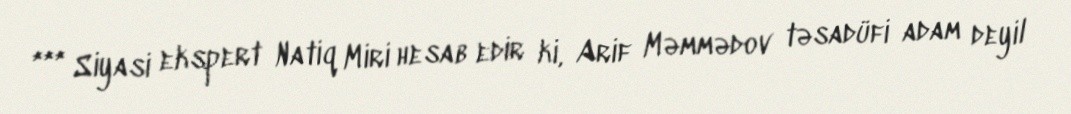
*** Siyasi ekspert Natiq Miri hesab edir ki, Arif Məmmədov təsadüfi adam deyil